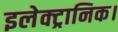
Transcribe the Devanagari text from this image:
इलेक्ट्रानिक।